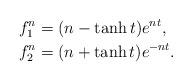
LaTeX: \begin{align*}f^n_1 &= (n-\tanh{t})e^{nt},\\f^n_2 &= (n+\tanh{t})e^{-nt}.\end{align*}